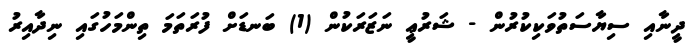
ދީނާއި ސިޔާސަތުވަކިކުރުން - ޝަރުޢީ ނަޒަރަކުން (1) ބަނޑަށް ފުރަތަމަ ތިންމަހުގައި ނިދާއިރު